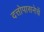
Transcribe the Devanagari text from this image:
दत्तोपासनेचें